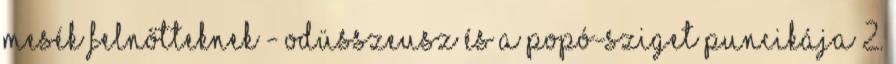
Mesék felnőtteknek - Odüsszeusz és a Popó-sziget Puncikája 2.